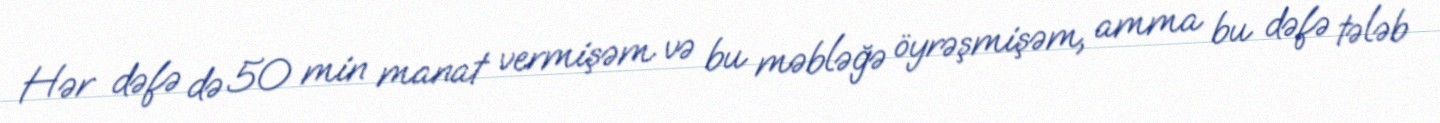
Hər dəfə də 50 min manat vermişəm və bu məbləğə öyrəşmişəm, amma bu dəfə tələb